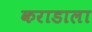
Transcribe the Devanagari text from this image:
कराडाला